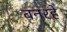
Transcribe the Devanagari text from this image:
बनरहे